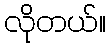
လိုတယ်။